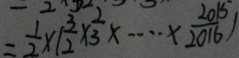
= \frac { 1 } { 2 } \times ( \frac { 3 } { 2 } \times \frac { 2 } { 3 } \times \cdots \times \frac { 2 0 1 5 } { 2 0 1 6 } )